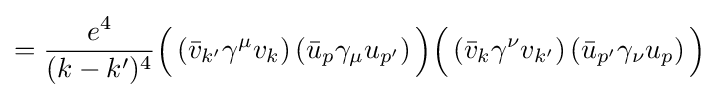
={\frac {e^{4}}{(k-k')^{4}}}{\Big (}\left({\bar {v}}_{k'}\gamma ^{\mu }v_{k}\right)\left({\bar {u}}_{p}\gamma _{\mu }u_{p'}\right){\Big )}{\Big (}\left({\bar {v}}_{k}\gamma ^{\nu }v_{k'}\right)\left({\bar {u}}_{p'}\gamma _{\nu }u_{p}\right){\Big )}